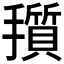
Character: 𪮽